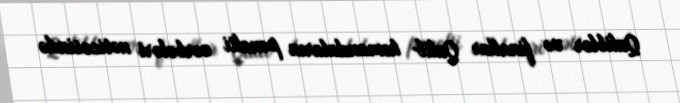
Qaliblər və finallar Qalib komandaların penalti zərbələri nəticəsində